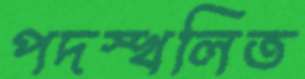
পদস্খলিত